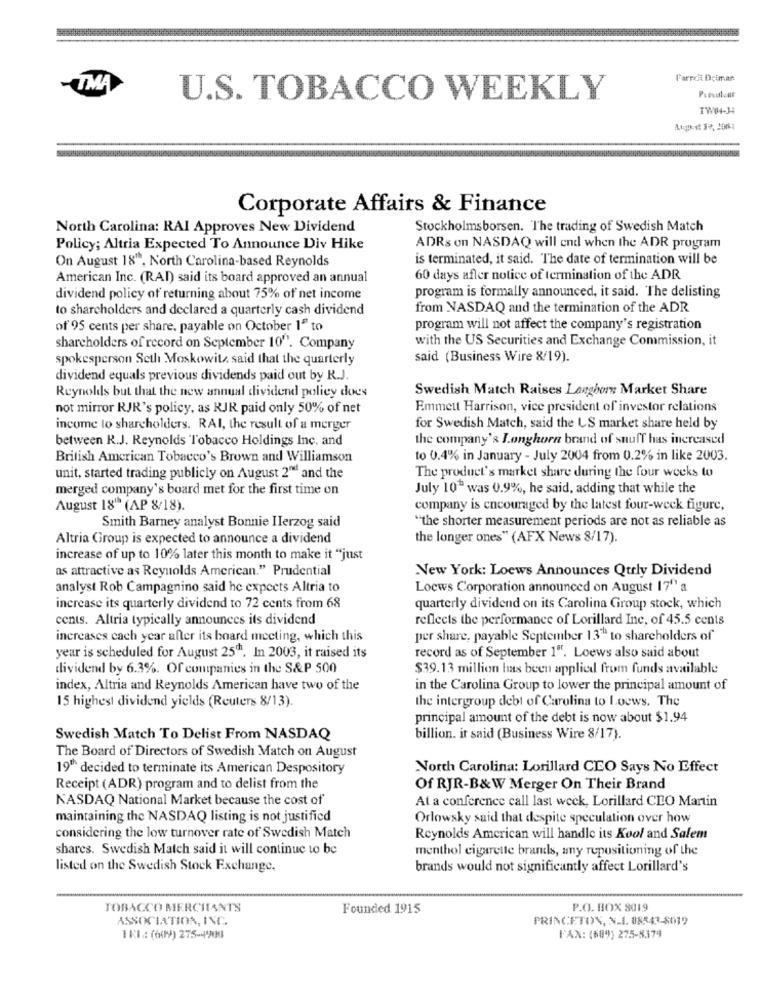
Farrckt Dciman
-TMA
U.S. TOBACCO WEEKLY
TW04-34
Corporate Affairs & Finance
North Carolina: RAI Approves New Dividend
Stockholmsborsen. The trading of Swedish Match
Policy; Altria Expected To Announce Div Hike
ADRs on NASDAQ will end when the ADR program
is terminated, it said. The date of termination will be
On August 18", North Carolina-based Reynolds
American Inc. (RAI) said its board approved an annual
60 days after notice of termination of the ADR
dividend policy of returning about 75% of net income
program is formally announced, it said. The delisting
to shareholders and declared a quarterly cash dividend
from NASDAQ and the termination of the ADR
of 95 cents per share, payable on October 1" to
program will not affect the company's registration
with the US Securities and Exchange Commission, it
shareholders of record on September 10". Company
spokesperson Seth Moskowitz said that the quarterly
said (Business Wire 8/19).
dividend equals previous dividends paid out by R.J.
Reynolds but that the new annual dividend policy does
Swedish Match Raises Laughore Market Share
not mirror RJR's policy, as RJR paid only 50% of net
Emmett Harrison, vice president of investor relations
income to shareholders. RAI, the result of a merger
for Swedish Match, said the US market share held by
between R.J. Reynolds Tobacco Holdings Inc. and
the company's Longhorn brand of snuff has increased
British American Tobacco's Brown and Williamson
to 0.4% in January - July 2004 from 0.2% in like 2003.
unit, started trading publicly on August 2" and the
The product's market share during the four weeks to
merged company's board met for the first time on
July 10" was 0.9%, he said, adding that while the
August 18" (AP 8/18).
company is encouraged by the latest four-weck figure,
"the shorter measurement periods are not as reliable as
Smith Barney analyst Bonnie Ilerzog said
Altria Group is expected to announce a dividend
the longer ones" (AFX News 8/17).
increase of up to 10% later this month to make it "just
as attractive as Reynolds American." Prudential
New York: Loews Announces Qtrly Dividend
analyst Rob Campagnino said he expects Altria to
Loews Corporation announced on August 17'' a
increase its quarterly dividend to 72 cents from 68
quarterly dividend on its Carolina Group stock, which
cents. Altria typically announces its dividend
reflects the performance of Lorillard Inc, of 45.5 cents
increases cach year after its board meeting, which this
per share, payable September 13"" to shareholders of
year is scheduled for August 25th. In 2003, it raised its
record as of September 1". Loews also said about
dividend by 6.3%. Of companies in the S&P 500
$39.13 million has been applied from funds available
index, Altria and Reynolds American have two of the
in the Carolina Group to lower the principal amount of
the intergroup debt of Carolina to Loews. The
15 highest dividend yields (Reuters 8/13).
principal amount of the debt is now about $1.94
Swedish Match To Delist From NASDAQ
billion. it said (Business Wire 8/17).
The Board of Directors of Swedish Match on August
19º decided to terminate its American Despository
North Carolina: Lorillard CEO Says No Effect
Receipt (ADR) program and to delist from the
Of RJR-B& W Merger On Their Brand
NASDAQ National Market because the cost of
At a conference call last week, Lorillard CLO Martin
maintaining the NASDAQ listing is not justified
Orlowsky said that despite speculation over how
considering the low turnover rate of Swedish Match
Reynolds American will handle its Kool and Salem
shares. Swedish Match said it will continue to be
menthol cigarette brands, any repositioning of the
listed on the Swedish Stock Exchange.
brands would not significantly affect Lorillard's
TOBACCO MERCHANTS
Founded 1915
P.O. BOX 8019
ASSOCIATION, INC.
PRINCETON, N.1. 08543-5019
IKI: (6019) 275-4200
FAX: (509) 275-8.374